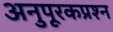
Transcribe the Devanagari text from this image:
अनुपूरकप्रश्न